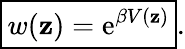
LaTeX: \boxed{w(\mathbf{z})=\operatorname{e}^{\beta V(\mathbf{z})}}.